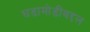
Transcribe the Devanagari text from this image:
घडामोडींबद्दल